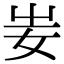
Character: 妛